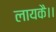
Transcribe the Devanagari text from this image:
लायकै।।